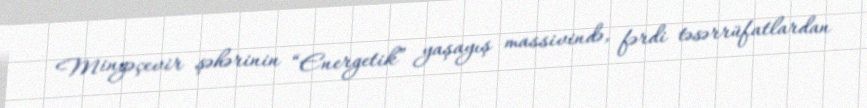
Mingəçevir şəhərinin “Energetik” yaşayış massivində, fərdi təsərrüfatlardan